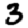
Digit: 3